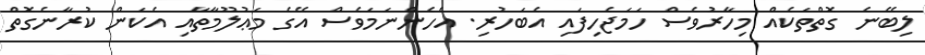
ލިބޭނެ ގޮތްތަކެއް މިހާރުވެސް ހަމަޖެހިފައި އެބަހުރި. އެހެންނަމަވެސް އޭގެ މަޢުލޫމާތާއި އެކަން ކުރާނެގޮތް